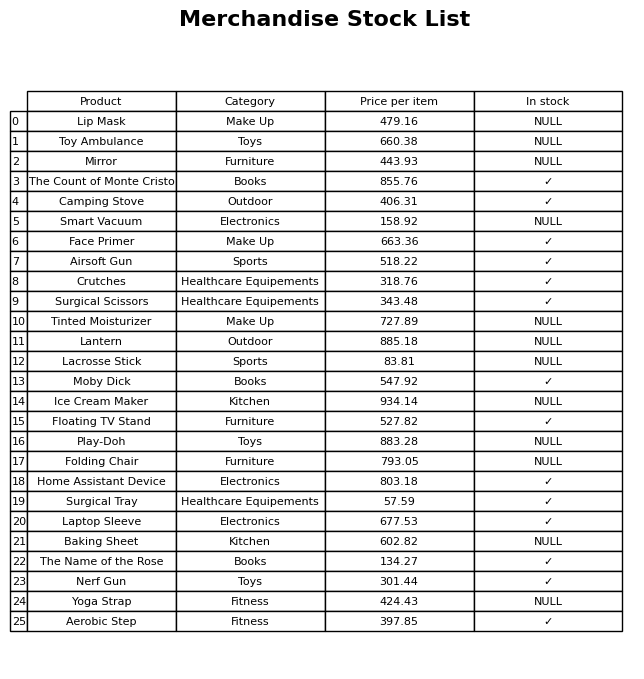
question: Which products are currently out of stock?
answer: Lip Mask, Toy Ambulance, Mirror, Smart Vacuum, Tinted Moisturizer, Lantern, Lacrosse Stick, Ice Cream Maker, Play-Doh, Folding Chair, Baking Sheet, Yoga Strap